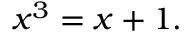
x ^ { 3 } = x + 1 .